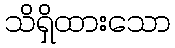
သိရှိထားသော